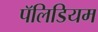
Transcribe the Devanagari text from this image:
पॅलिडियम